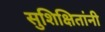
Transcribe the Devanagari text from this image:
सुशिक्षितांनी